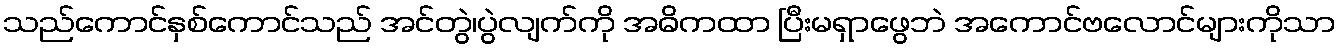
သည်ကောင်နှစ်ကောင်သည် အင်တွဲ၊ပွဲလျက်ကို အဓိကထာ ပြီးမရှာဖွေဘဲ အကောင်ဗလောင်များကိုသာ